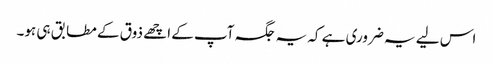
اس لیے یہ ضروری ہے کہ یہ جگہ آپ کے اچھے ذوق کے مطابق ہی ہو۔